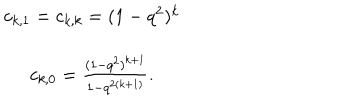
\begin{array} { c } { { c _ { k , 1 } = c _ { k , k } = ( 1 - q ^ { 2 } ) ^ { k } } } \\ { { c _ { k , 0 } = \frac { ( 1 - q ^ { 2 } ) ^ { k + 1 } } { 1 - q ^ { 2 ( k + 1 ) } } . } } \\ \end{array}